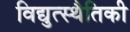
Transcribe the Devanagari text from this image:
विद्युत्स्थैतिकी